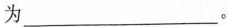
为___。